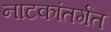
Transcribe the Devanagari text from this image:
नाटकांतर्गत